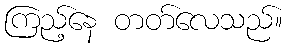
ကြည့်နေ တတ်လေသည်။